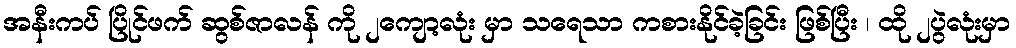
အနီးကပ် ပြိုင်ဖက် ဆွစ်ဇာလန် ကို ၂ကျော့လုံး မှာ သရေသာ ကစားနိုင်ခဲ့ခြင်း ဖြစ်ပြီး ၊ ထို ၂ပွဲလုံးမှာ